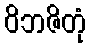
ဝိဘဇိတုံ